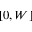
[ 0 , W ]